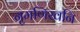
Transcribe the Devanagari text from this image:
नृमणिखनि